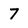
Character: 7